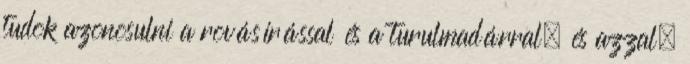
tudok azonosulni a rovásírással és a turulmadárral, és azzal,